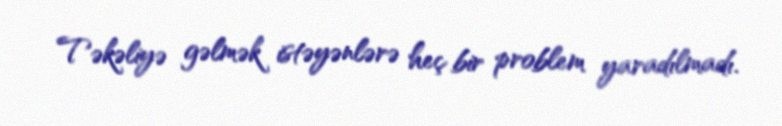
Təkəliyə gəlmək istəyənlərə heç bir problem yaradılmadı.